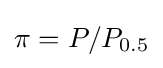
\pi =P/P_{0.5}